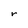
Character: r